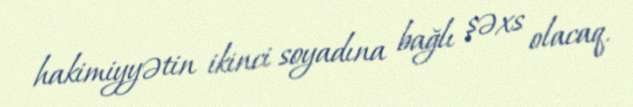
hakimiyyətin ikinci soyadına bağlı şəxs olacaq.